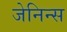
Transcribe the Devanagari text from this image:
जेनिन्स